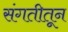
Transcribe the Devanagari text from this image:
संगतीतून